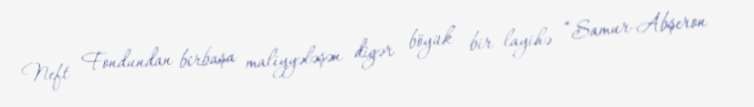
Neft Fondundan birbaşa maliyyələşən digər böyük bir layihə “Samur-Abşeron